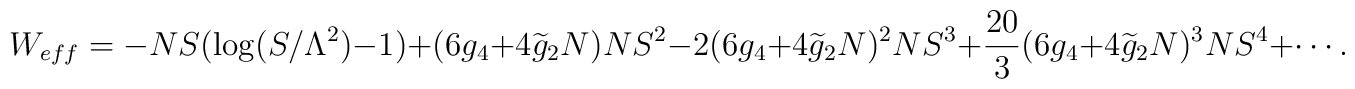
W_{eff}=-NS(\log(S/\Lambda^2)-1)+(6g_4+4\widetilde{g}_2N)NS^2-2(6g_4+4\widetilde{g}_2N)^2NS^3+\frac{20}{3}(6g_4+4\widetilde{g}_2N)^3NS^4+\cdots.